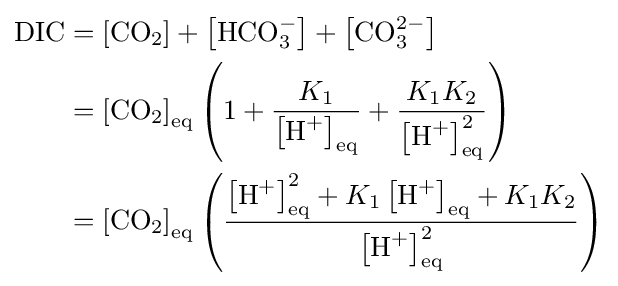
{\begin{aligned}{\textrm {DIC}}&=\left[{\textrm {CO}}_{2}\right]+\left[{\textrm {HCO}}_{3}^{-}\right]+\left[{\textrm {CO}}_{3}^{2-}\right]\\&=\left[{\textrm {CO}}_{2}\right]_{\text{eq}}\left(1+{\frac {K_{1}}{\left[{\textrm {H}}^{+}\right]_{\text{eq}}}}+{\frac {K_{1}K_{2}}{\left[{\textrm {H}}^{+}\right]_{\text{eq}}^{2}}}\right)\\&=\left[{\textrm {CO}}_{2}\right]_{\text{eq}}\left({\frac {\left[{\textrm {H}}^{+}\right]_{\text{eq}}^{2}+K_{1}\left[{\textrm {H}}^{+}\right]_{\text{eq}}+K_{1}K_{2}}{\left[{\textrm {H}}^{+}\right]_{\text{eq}}^{2}}}\right)\end{aligned}}